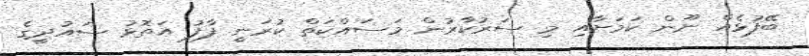
ބޭފުޅެއް ނޫން ކަމަށާއި މި ސަރުކާރުން މަސައްކަތް ކުރަނީ ފާފު އަތޮޅު ސައުދީގެ